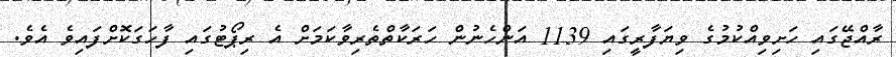
ރާއްޖޭގައި ހަށިވިއްކުމުގެ ވިޔަފާރީގައި 1139 އަންހެނުން ހަރަކާތްތެރިވާކަމަށް އެ ރިޕޯޓުގައި ފާހަގަކޮށްފައިވެ އެވެ.